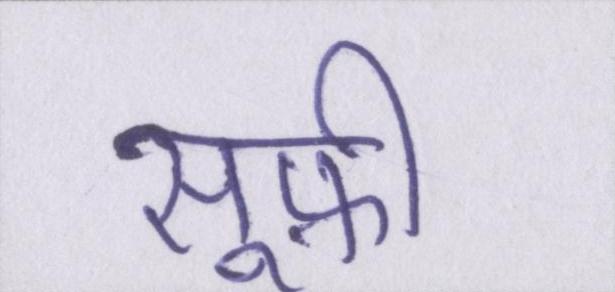
सूफ़ी